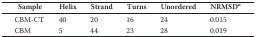
<table><thead><tr><td><b>Sample</b></td><td><b>Helix</b></td><td><b>Strand</b></td><td><b>Turns</b></td><td><b>Unordered</b></td><td><b>NRMSD<i><sup>a</sup></i></b></td></tr></thead><tbody><tr><td>CBM-CT</td><td>40</td><td>20</td><td>16</td><td>24</td><td>0.015</td></tr><tr><td>CBM</td><td>5</td><td>44</td><td>23</td><td>28</td><td>0.019</td></tr></tbody></table>